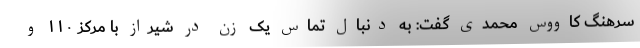
سرهنگ کاووس محمدی گفت: به دنبال تماس یک زن در شیراز با مرکز ۱۱۰ و